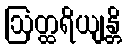
ဩတ္ထရိယျန္တိ